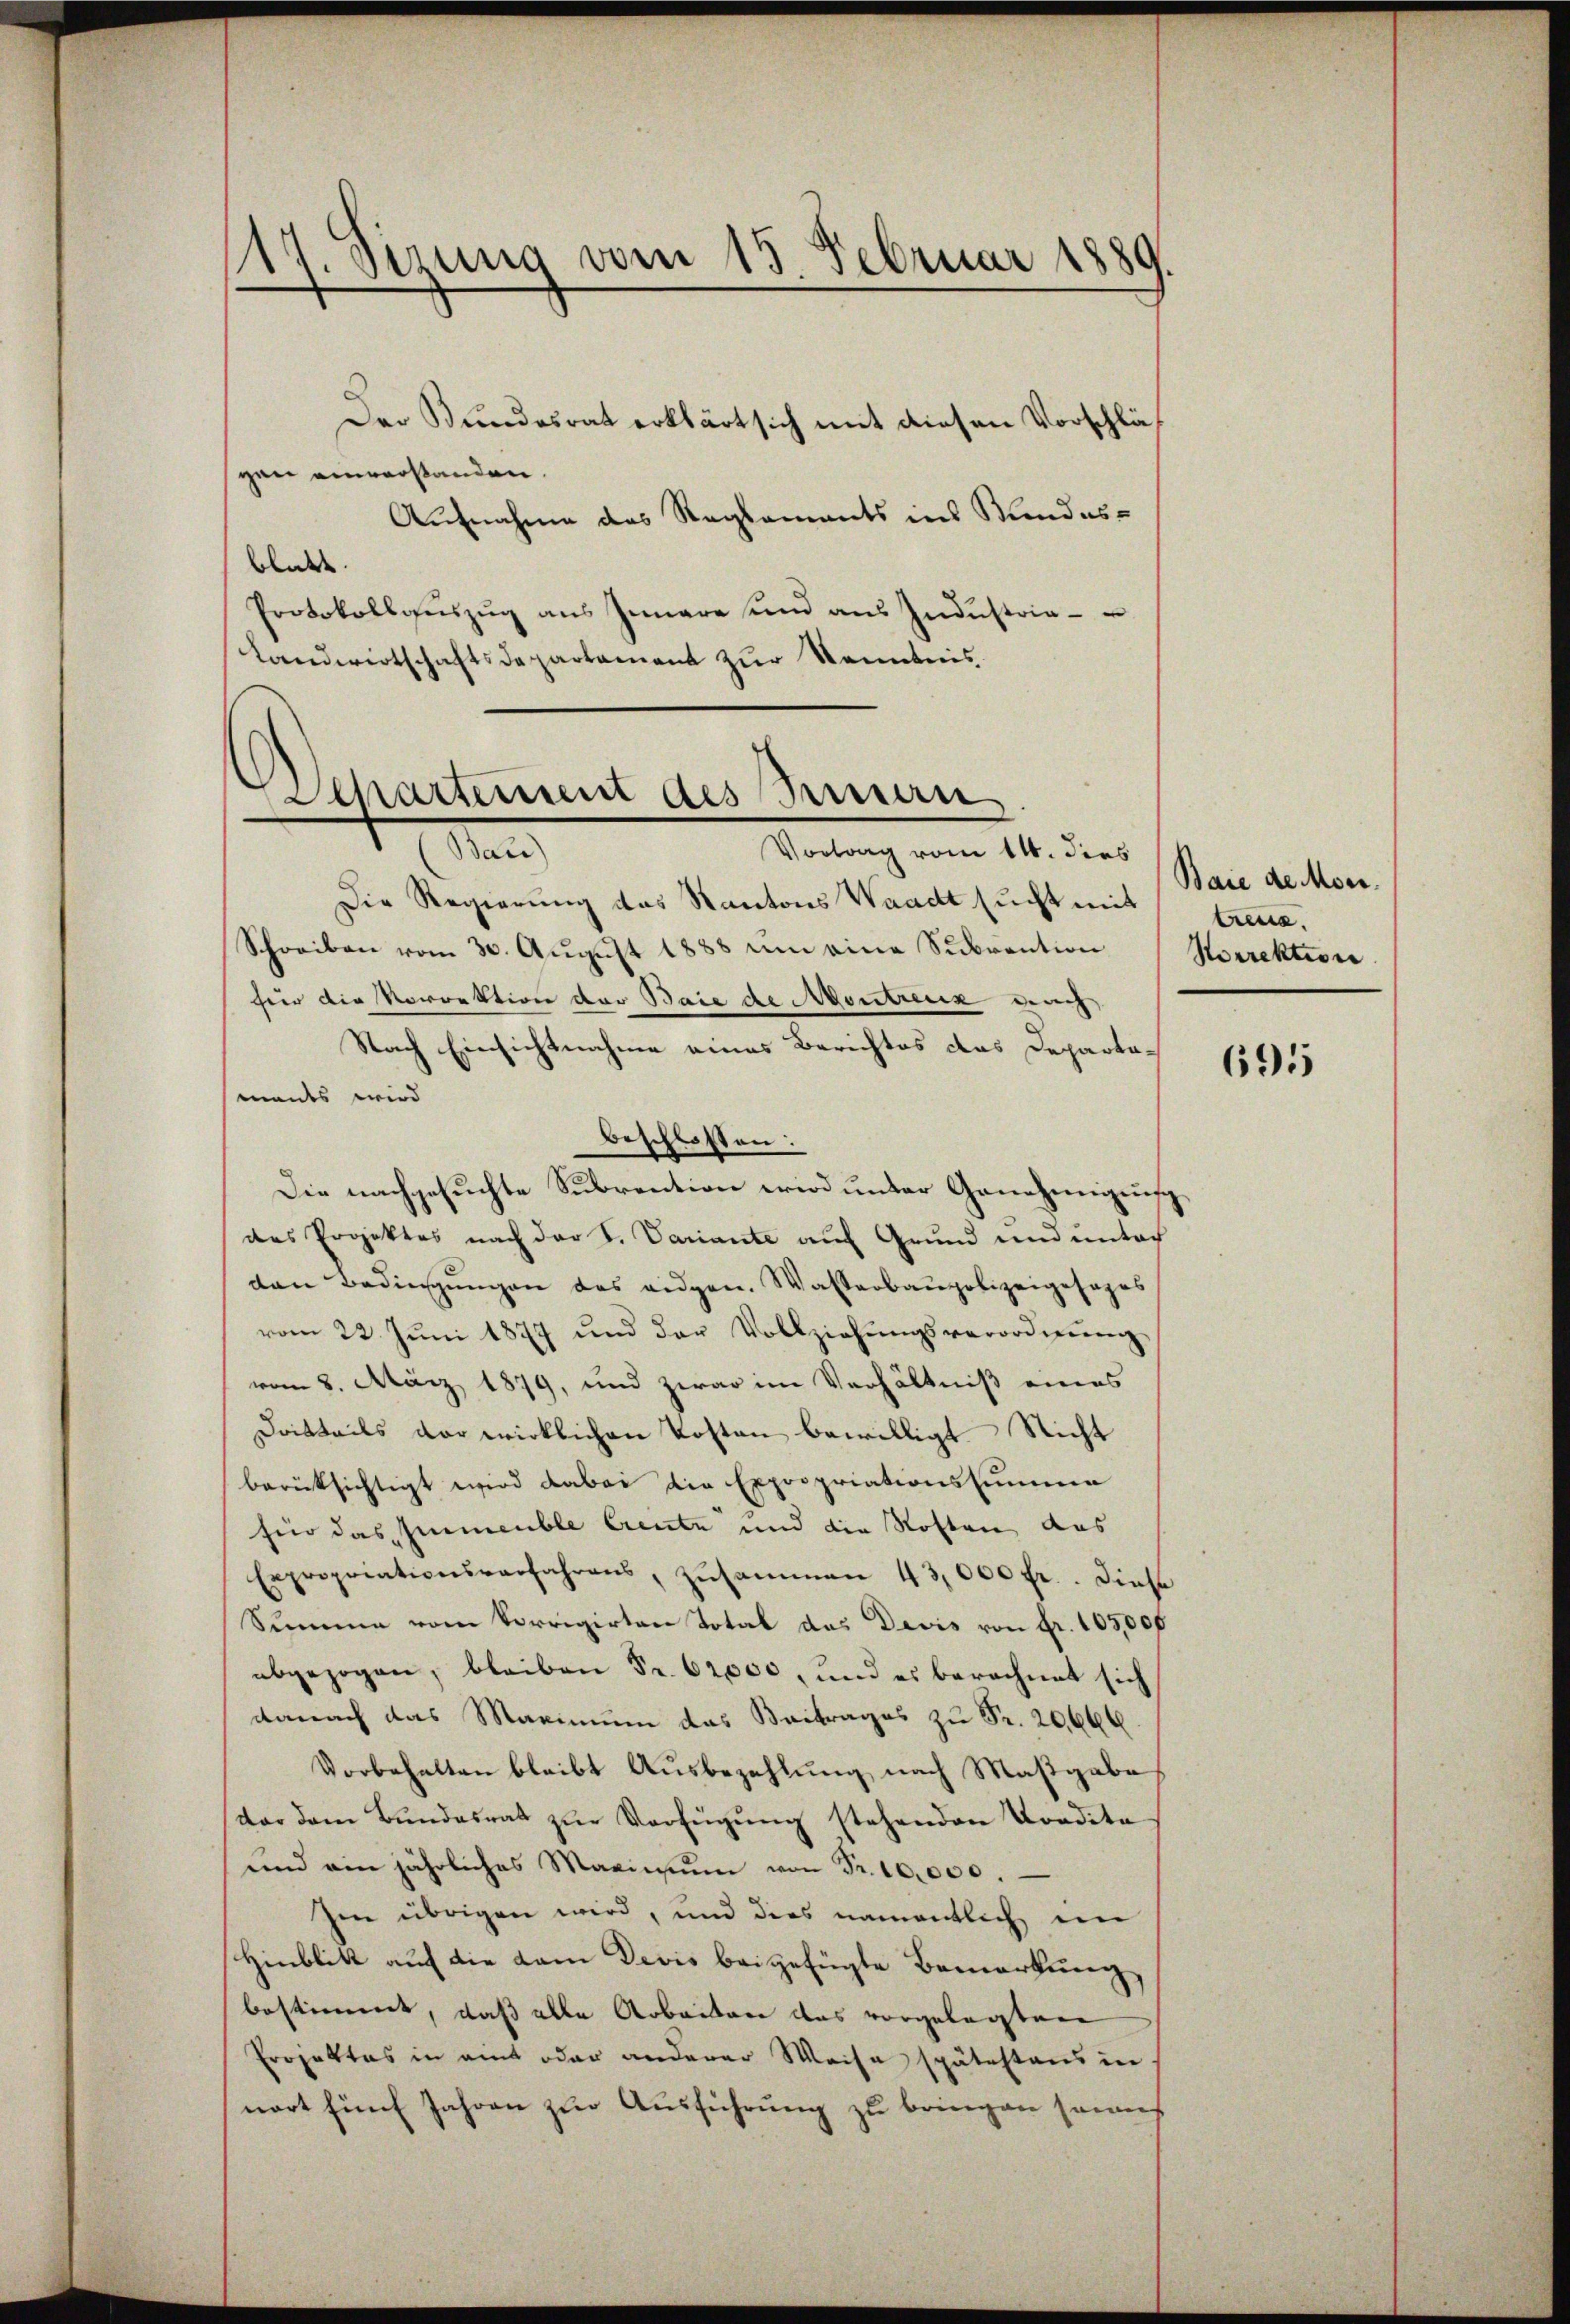
114 Sirung vom 15. Februar 1889.

Der Bundesrat erklärt sich mit diesen Vorschläf
gen einverstanden.
Aufnahme das Reglements ins Kundesblickt.
Protokollaŭszŭg ans Gemare und aŭs Indŭstria-
Landwirtschaftsdepartament zur Kenntnis

Departement des Sinnern
M
Vortrag vom 14. dies

Die Regierung das Kantons Waadt sucht mit
Schreiben vom 30. August 1888 um eine Subvention
für die Vorrektion der Baie de Montreux dach
Nach Einsichtnahme eines Berichtes das Departamands wird
beschlossen:
Die nachgesuchte Subrention wird unter Genehmiguisch
des Projektes nach der S. Variante auf Grund und unter
den Bedingŭngen das eidgen. Wasserbaupolizeigesages
vom 22. Jŭni 1877 und der Vollziehŭngsverordnŭng,
vom 8. März 1879, und zwar im Verhältniß eines
Dritteils vor wirklichen Kosten bewilligt Nicht
berücksichtigt wird dabei die Expropriationssumme
für das Immeuble Crente und die Roften, das
Expropriationsverfahrens, zusammen 43,000 fr. diese
Summe vom korrigirten Total des Davis von Fr. 105,00f
abgezogen, bleiben Fr. 62000, und es berechnet sich
danach das Maximum das Beitrages zu Fr. 20666
Vorbehalten bleibt Ausbezahlung nach Maßgabe
tar dem Bŭndesrat zŭr Verfügŭng stehenden Kondita
und ein jährliches Maximum von Fr. 10,000.
Ien übrigen wird, und dies namentlich im
Hinblikt auf die dem Devis beigefügte Bemerkung
bestimmt, daß alle Arbeiten das vorgelegten
Projektes in ait oder anderer Weise spätestens in
nort fünf Jahren zur Ausführung zu bringen seinh

Baie de Meer.
treue.
Norrektion

691